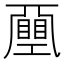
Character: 𢀯